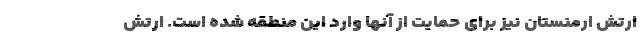
ارتش ارمنستان نیز برای حمایت از آنها وارد این منطقه شده است. ارتش